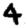
Digit: 4